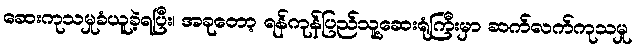
ဆေးကုသမှုခံယူခဲ့ရပြီး၊ အခုတော့ ရန်ကုန်ပြည်သူ့ဆေးရုံကြီးမှာ ဆက်လက်ကုသမှု